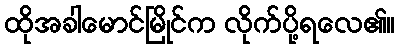
ထိုအခါမောင်မြိုင်က လိုက်ပို့ရလေ၏။